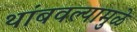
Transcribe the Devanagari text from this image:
थांबवल्यामुळे